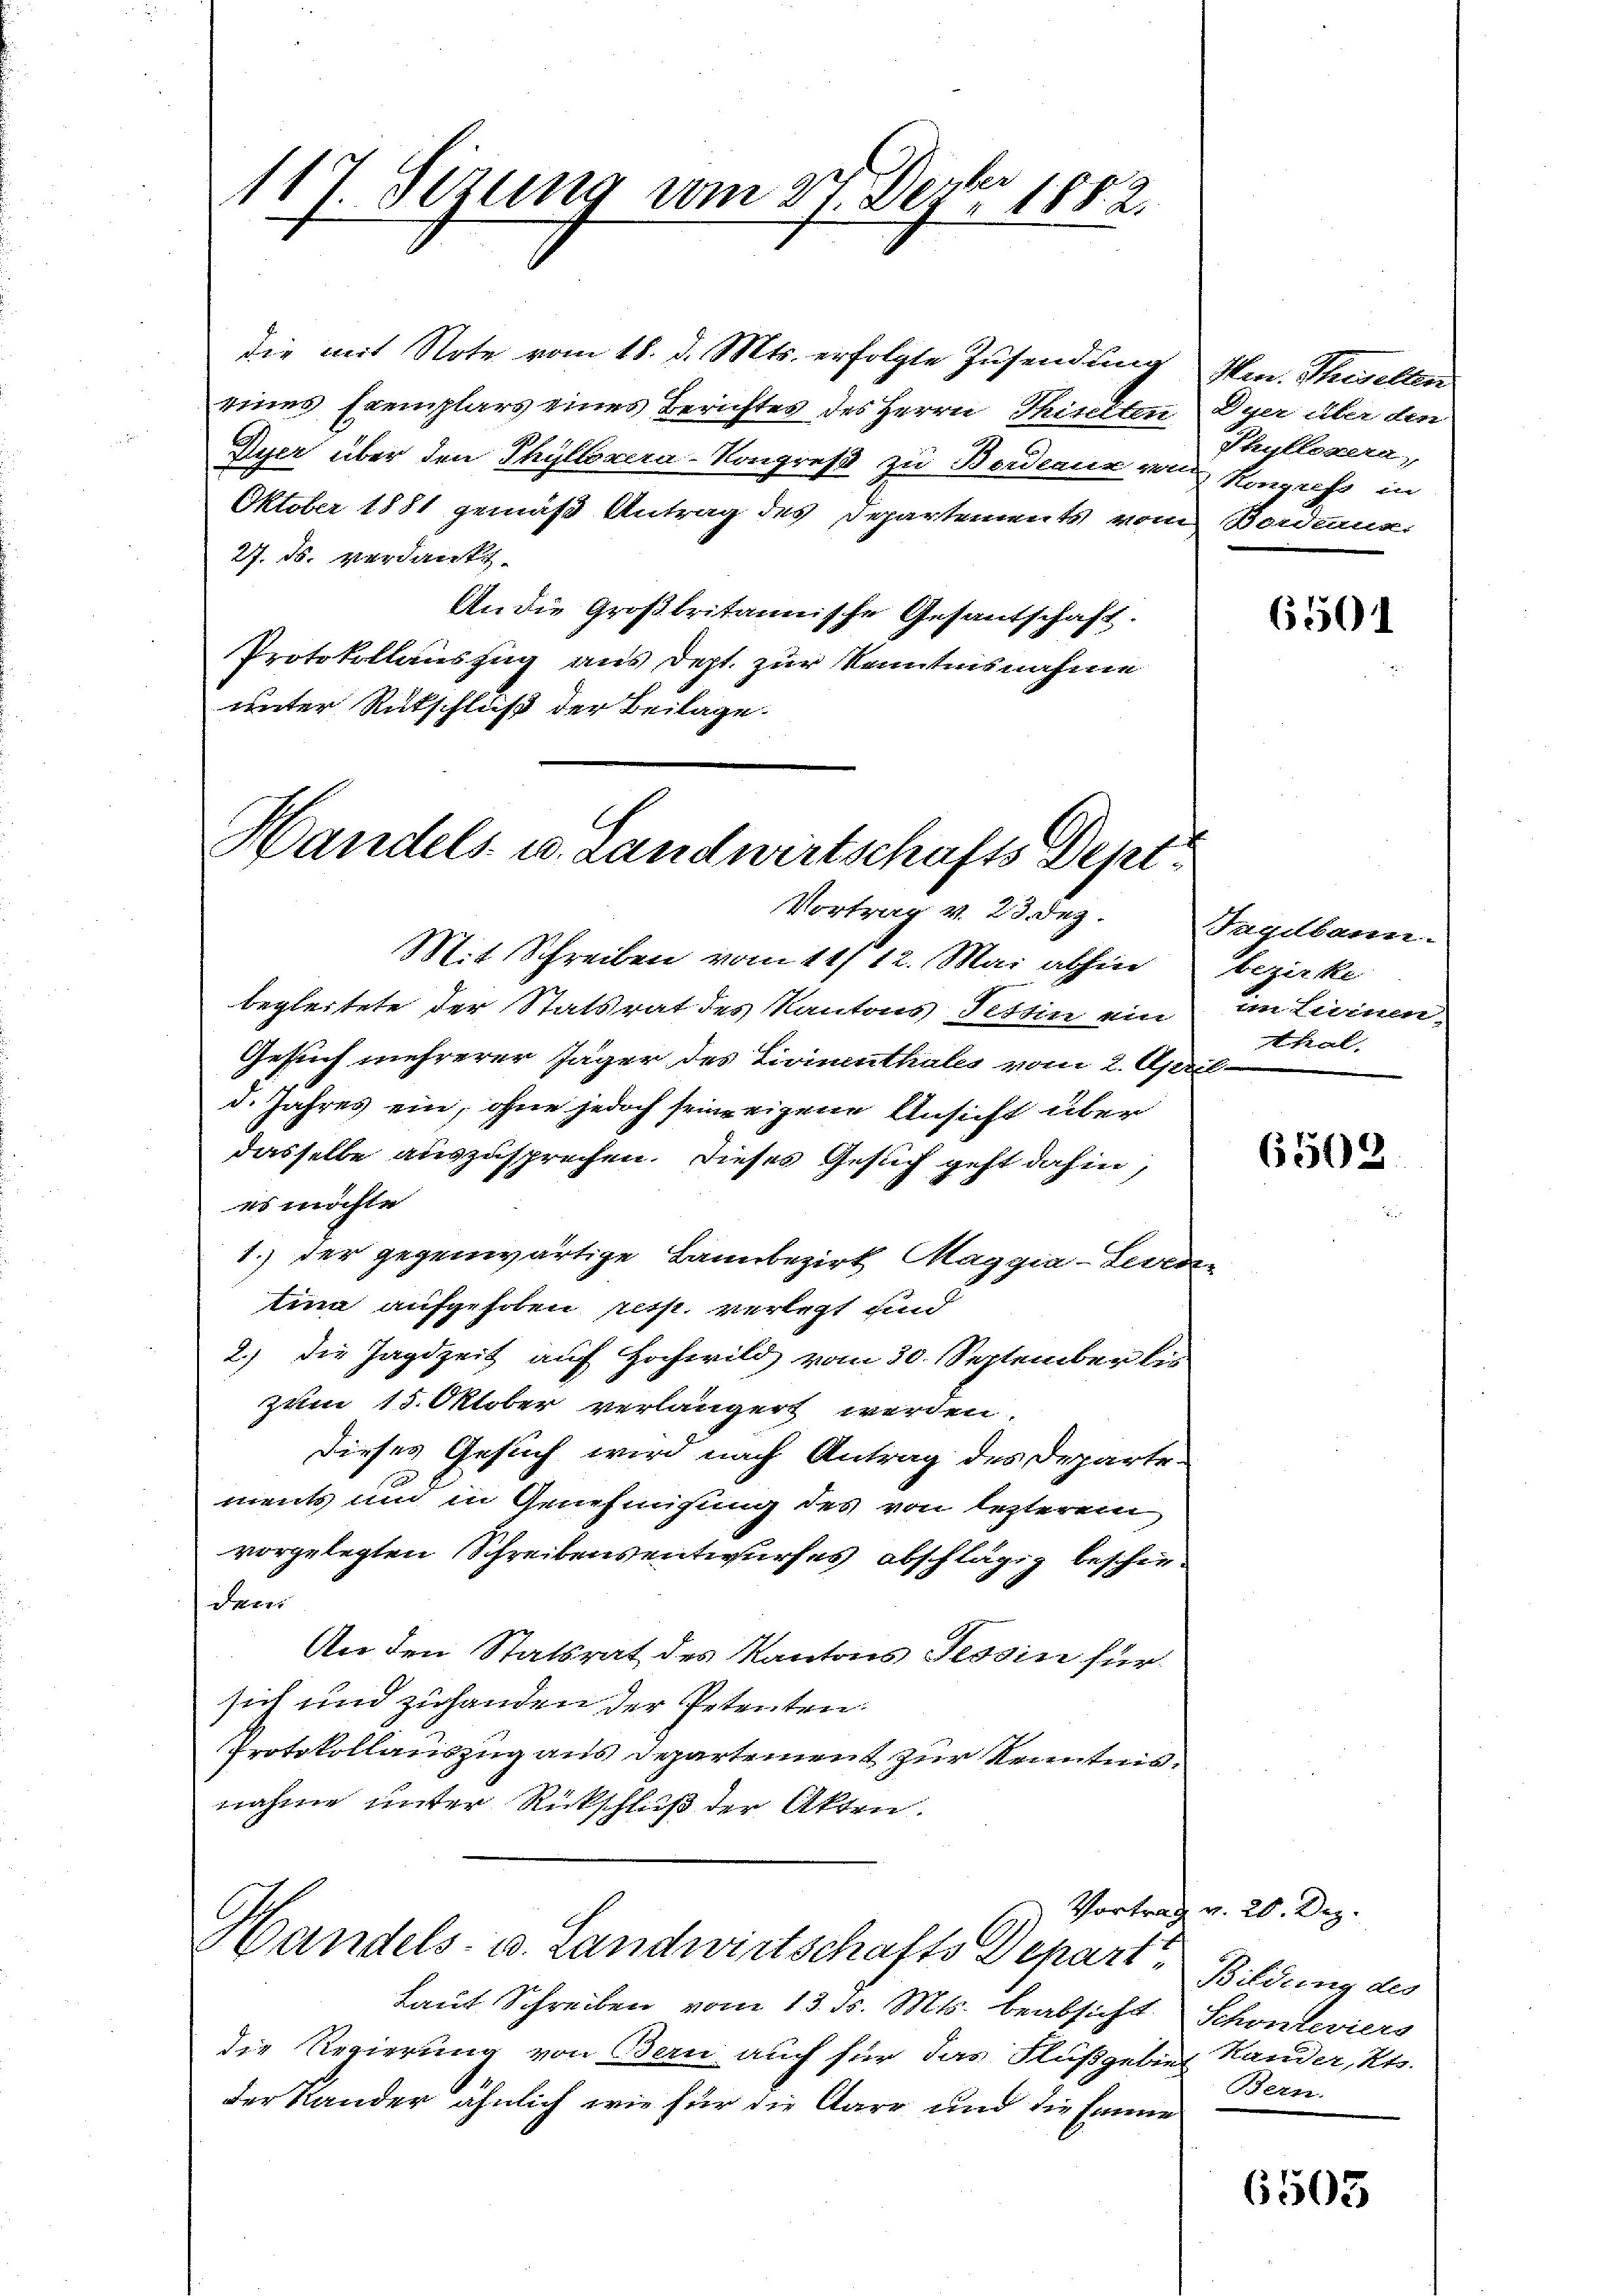
111 Sizung vom 9te͇n Decbr 1882.

die mit Note vom 18. d. Mts. erfolgte Zusendung
eines Exemplars eines Berichtes des Herrn Thiselten
Dyer über den Thylloxera-Kongreß zu Bordeaux von
Oktober 1881 gemäß Antrag des Departements von
27. ds. verdankt.
An die Großbritannische Gesantschaft.
Protokollauszug aus dest. zur Kenntnisnahme
unter Rutschluß der Beilage

Handels u. Landwirtschafts Dept.
Vortrag v. 23. dez.

Vortrag
Handels- u. Landwirtschafts Depart

Mit Schreiben vom 11/12. Mai abhin
begleitete der Statsrat des Kantons Pettin ein
Gesuch mehrerer Jäger des Livinthales vom 2. April
d. Jahres ein, ohne jedoch seine eigene Ansicht über
dasselbe auszusprechen. Dieses Gesuch geht dahin,
es möchte
1.) der gegenwärtige Bannbezirk Maggia-Loca-
tina aufgehoben resp. verlegt sind
2.) die Jagdzeit auf Hochwild vom 30. September bis
zum 15. Oktober verlängert werden.
dieses Gesuch wird nach Antrag des Departements und in Genehmigung des von lezterem
vorgelegten Schreibens entwurfes abschlägig beschie-
dani
An den Statsrat des Kantons Tessin für
sich und zuhanden der Petenten.
Protokollauszug aus departement zur Kenntnis.
nahme unter Rückschluß der Akten.

Laut Schreiben vom 13. ds. Mts. beabsicht.
die Regierung von Bau auch für das Flußgebieder Rander ähnlich wie für die Aare und die Eine

Man. Siegelten
Dyer über den
Phnflogen,
Kongress in
Bortung.

6501

Tagdbann.
bezirke
in Seinen
thal.

65302

Bildung des
Schonteviers
Hander, Kt.
Bern.

v. 20. Dez.

6505